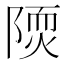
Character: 𨻢